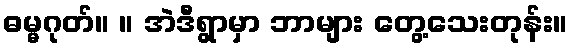
ဓမ္မဂုတ်။ ။ အဲဒီရွာမှာ ဘာများ တွေ့သေးတုန်း။